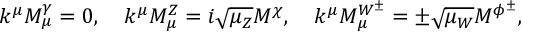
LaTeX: k ^ { \mu } M _ { \mu } ^ { \gamma } = 0 , \quad k ^ { \mu } M _ { \mu } ^ { Z } = i \sqrt { \mu _ { Z } } M ^ { \chi } , \quad k ^ { \mu } M _ { \mu } ^ { W ^ { \pm } } = \pm \sqrt { \mu _ { W } } M ^ { \phi ^ { \pm } } , \quad